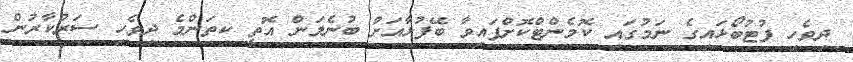
ދިވެހި ފުޓުބޯޅައިގެ ނަމުގައި ކޮމެންޓްކޮށްފައިވާ ބޭފުޅާއަށް ބުނެލަން އޮތީ ކިތަންމެ ދިވެހި ސަރުކާރުން